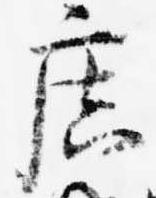
広